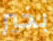
بخير